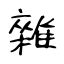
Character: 雜